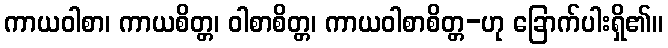
ကာယဝါစာ၊ ကာယစိတ္တ၊ ဝါစာစိတ္တ၊ ကာယဝါစာစိတ္တ-ဟု ခြောက်ပါးရှိ၏။